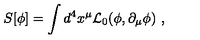
S [ \phi ] = \int d ^ { 4 } x ^ { \mu } { \cal L } _ { 0 } ( \phi , \partial _ { \mu } \phi ) \ ,